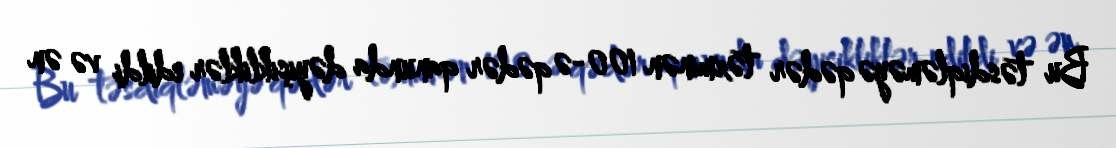
Bu təsdiqləməyə qədər təxminən 100-ə qədər qanunda dəyişikliklər edildi və ən